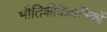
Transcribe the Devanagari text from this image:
भौतिकीवैज्ञानिकों